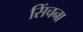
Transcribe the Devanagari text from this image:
सिंचना